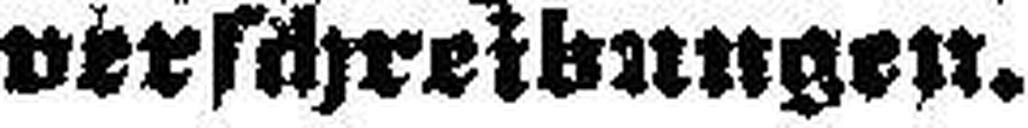
verschreibungen.